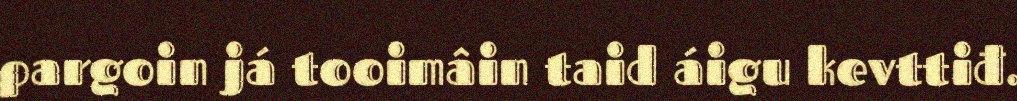
pargoin já tooimâin taid áigu kevttiđ.